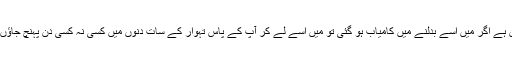
ممکن ہے اگر میں اسے بدلنے میں کامیاب ہو گئی تو میں اسے لے کر آپ کے پاس تہوار کے سات دنوں میں کسی نہ کسی دن پہنچ جاؤں گی ۔